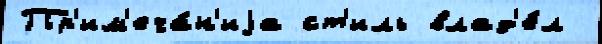
Пр'им'еча́н'иjа ст'иль влад'е́л